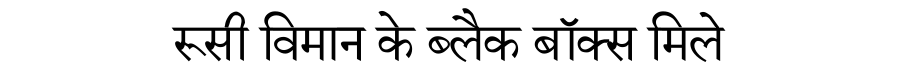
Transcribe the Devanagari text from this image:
रूसी विमान के ब्लैक बॉक्स मिले